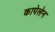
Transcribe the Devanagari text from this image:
कापेलेन